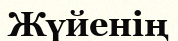
Жүйенің